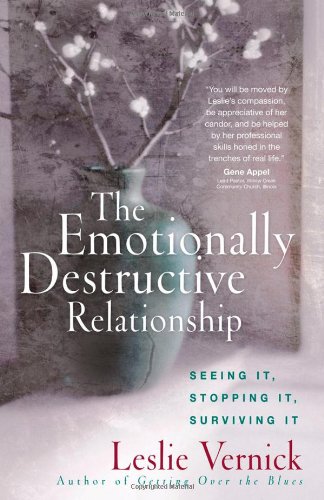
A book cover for The Emotionally Destructive Relationship: Seeing It, Stopping It, Surviving It; Leslie Vernick; Medical Books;